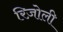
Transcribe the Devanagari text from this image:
रिज़ोली